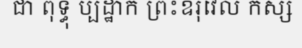
ជា ពុទ្ធុ ប្បដ្ឋាក ព្រះឧរុវេល កស្ស